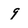
Character: 9